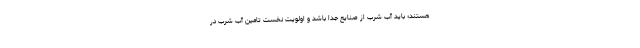
هستند؛ باید آب شرب از صنایع جدا باشد و اولویت نخست تامین آب شرب در